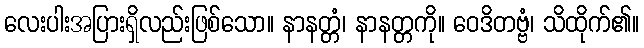
လေးပါးအပြားရှိလည်းဖြစ်သော။ နာနတ္တံ၊ နာနတ္တကို။ ဝေဒိတဗ္ဗံ၊ သိထိုက်၏။